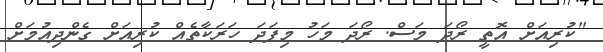
"ކުރިއަށް އޮތީ ރޯދަ މަސް. ރޯދަ މަހު މިފަދަ ހަރަކާތެއް ކުރިއަށް ގެންދިއުމަށް